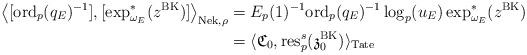
LaTeX: \begin{align*} \left\langle[\textup{ord}_p(q_E)^{-1}], [\exp_{\omega_E}^*(z^{\textup{BK}})] \right \rangle_{\textup{Nek},\rho}&=E_p(1)^{-1}\textup{ord}_p(q_E)^{-1}\log_p(u_E)\exp_{\omega_E}^*(z^{\textup{BK}})\\&=\langle \frak{C}_0, \textup{res}_p^{s}(\frak{z}_0^{\textup{BK}})\rangle_{\textup{Tate}}\end{align*}